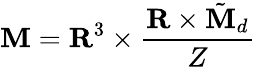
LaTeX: {\cal\mathbf{M}}={\mathbf{R}}^{3}\times\frac{{{\mathbf{R}}\times\tilde{{\cal\mathbf{M}}}_{d}}}{{Z}}